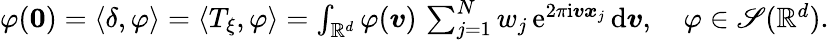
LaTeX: \begin{array}{r}{\varphi(\boldsymbol 0)=\langle\delta,\varphi\rangle=\langle T_{\xi},\varphi\rangle=\int_{\mathbb R^{d}}\varphi(\boldsymbol v)\, \sum_{j=1}^{N}w_{j}\, \mathrm e^{2\pi\mathrm i\boldsymbol v\boldsymbol x_{j}}\, \mathrm{d}\boldsymbol v,\quad\varphi\in\mathscr S(\mathbb R^{d}).}\end{array}